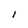
Character: l